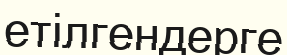
етілгендерге